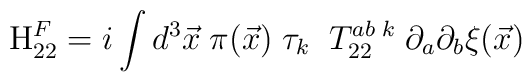
{\rm H}_{22}^{F}=i\int d^{3}{\vec{x}}\;\pi ({\vec{x}})\;\tau_{k}\;\;T_{22}^{ab\;k}\;\partial _{a}\partial _{b}{\xi }(\vec{x})